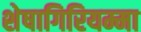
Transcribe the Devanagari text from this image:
शेषागिरियम्मा